Problem: 37 + 24 = ?
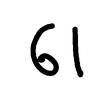
Handwritten answer: 61